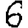
Digit: 6